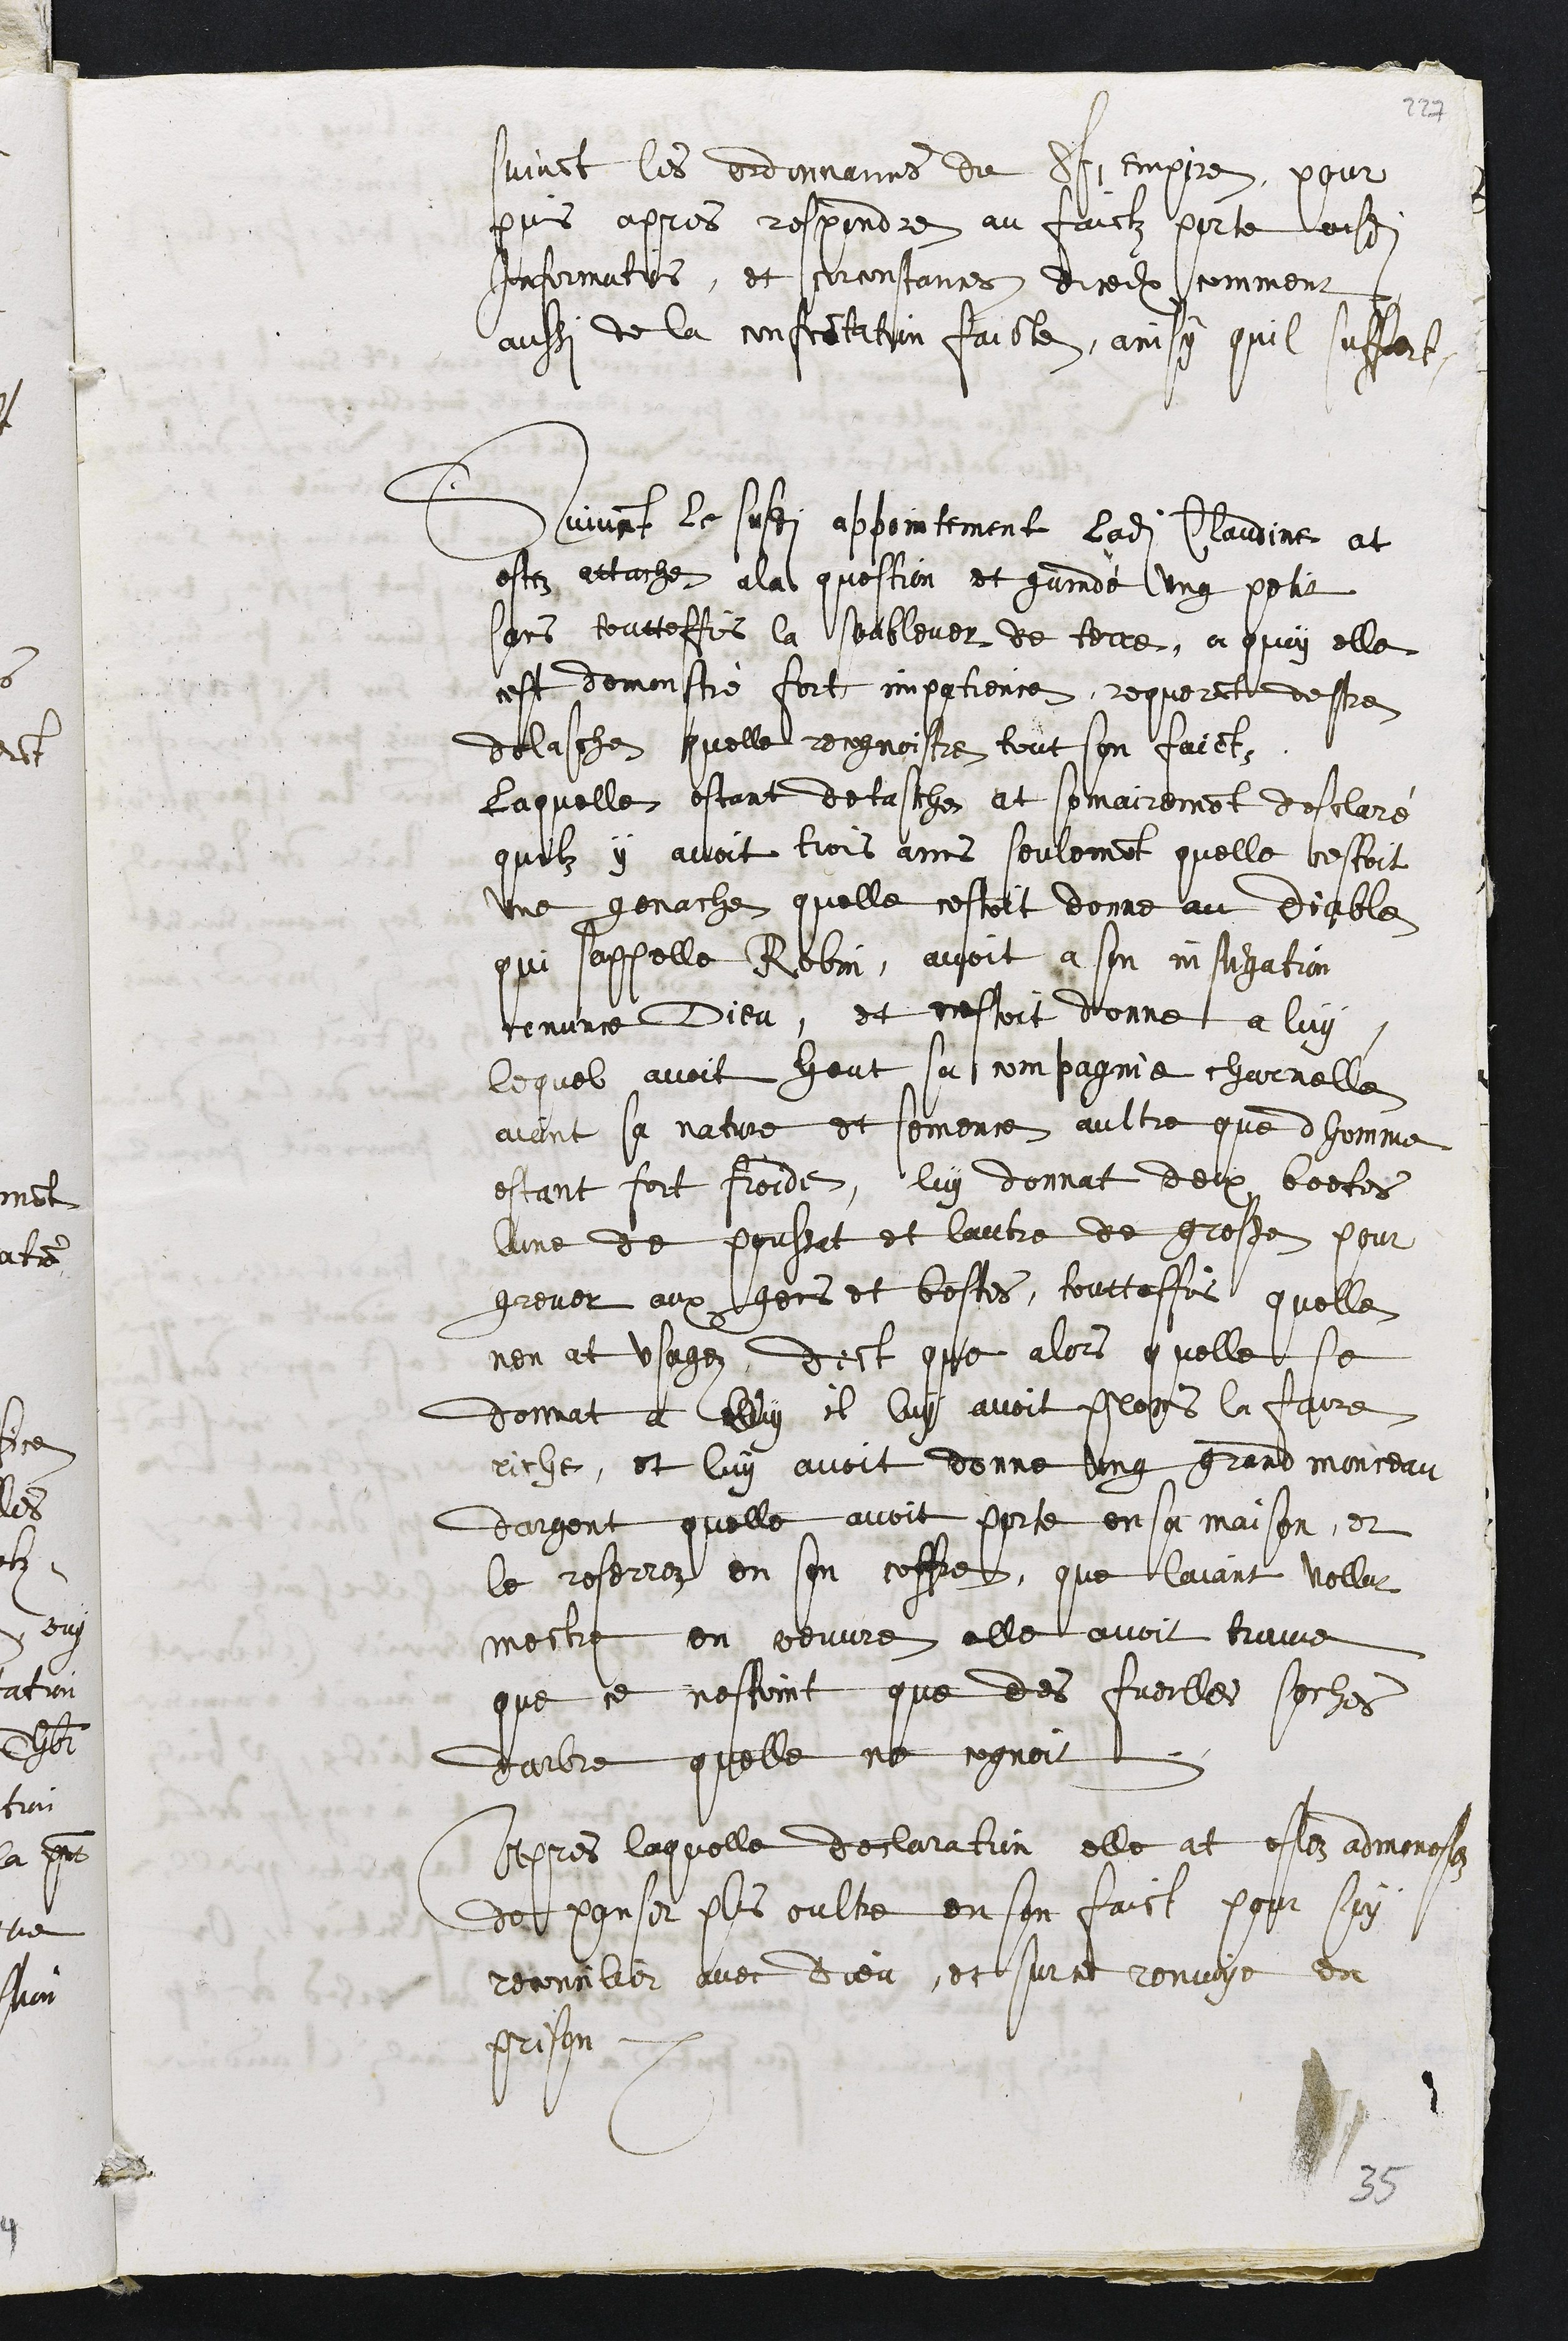
suivant les ordonnans du St Empire, pour
puis apres respondre au faict porte ausdites
Informations, et circonstances diceulx comment
aussi de la confrontation faicte, ainsy quil saffert
Suivant le susdit appointement ladite Claudine at
estez attache a la question et guradé ung petit
sans toutteffois la soublever de terre, a quoy elle
cest demonstré fort impatience, requerant destre
delasche quelle recognoistre tout son faict,
Laquelle estant detasche at somairement desclaré
quilz y avoit trois ans seulement quelle estoit
une genache quelle cestoit donne au diable
qui sappelle Robin, avoit a son instigation
renunce Dieu, et cestoit donne a luy
lequel avoit heut sa compagnie charnelle
aiant sa nature et semence aultre que dhomme
estant fort froide, luy donnat deux boetes
lune de poussat et lautre de gresse pour
grever aux gens et bestes, toutteffois quelle
nen at usagez, dict que alors quelle se
donnat a luy il luy avoit promis la faire
riche, et luy avoit donne ung grand monceau
dargent quelle avoit porte en sa maison, et
le reserrez en son coffre, que laiant vollut
mectre en oeuvre elle avoit trouve
que ce nestoint que des fueilles seches
darbre quelle ne cognoit.
Apres laquelle declaration elle at estez admonestez
de panser plus oultre en son faict pour soy
reconcilier avec Dieu, et sur ce renvoye en
prison
35